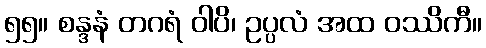
၅၅။ စန္ဒနံ တဂရံ ဝါပိ၊ ဥပ္ပလံ အထ ဝဿိကီ။